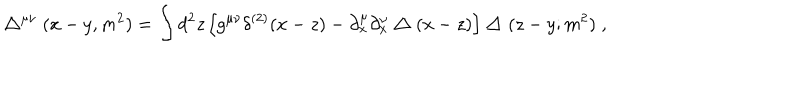
\bigtriangleup ^ { \mu \nu } ( x - y , m ^ { 2 } ) = \int d ^ { 2 } z \left[ g ^ { \mu \nu } \delta ^ { ( 2 ) } ( x - z ) - \partial _ { x } ^ { \mu } \partial _ { x } ^ { \nu } \bigtriangleup ( x - z ) \right] \bigtriangleup ( z - y ; m ^ { 2 } ) \; ,